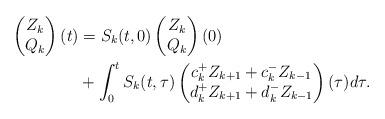
LaTeX: \begin{align*} \begin{pmatrix} Z_k \\ Q_k \end{pmatrix}(t) & = S_k(t,0) \begin{pmatrix} Z_k \\ Q_k \end{pmatrix}(0) \\ & + \int_{0}^{t} S_k(t, \tau) \begin{pmatrix} c_k^{+} Z_{k+1} + c_{k}^{-} Z_{k-1} \\ d_k^{+} Z_{k+1} + d_{k}^{-} Z_{k-1} \end{pmatrix}(\tau) d\tau.\end{align*}